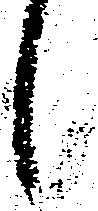
候